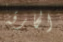
الحارقة